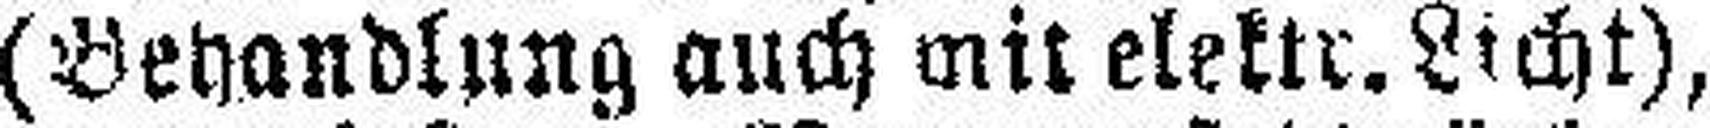
(Behandlung auch mit elektr. Licht),